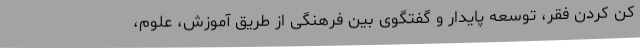
کن کردن فقر، توسعه پایدار و گفتگوی بین فرهنگی از طریق آموزش، علوم،